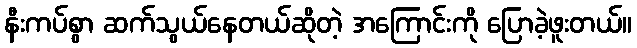
နီးကပ်စွာ ဆက်သွယ်နေတယ်ဆိုတဲ့ အကြောင်းကို ပြောခဲ့ဖူးတယ်။